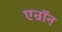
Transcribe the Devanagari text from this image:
एन्रॉन